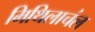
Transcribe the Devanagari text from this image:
मिथिलाचंल